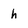
Character: h